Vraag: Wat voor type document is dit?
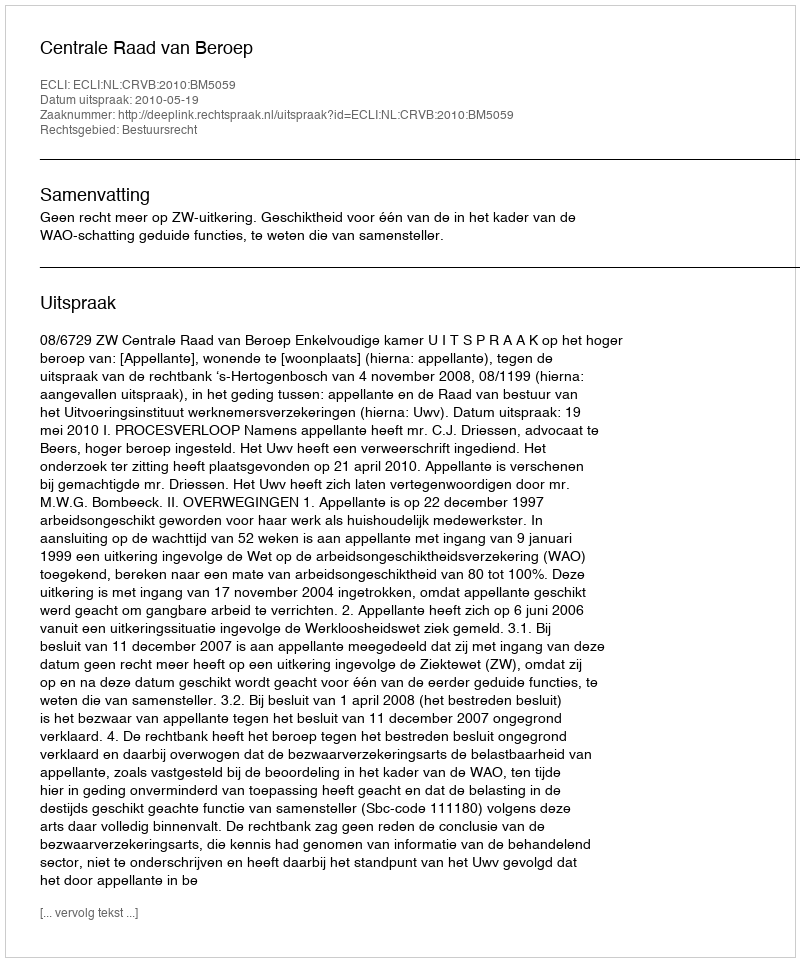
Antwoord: Uitspraak